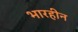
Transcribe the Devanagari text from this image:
भारहीन